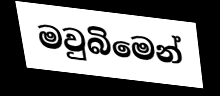
මවුබිමෙන්